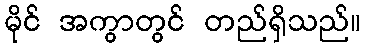
မိုင် အကွာတွင် တည်ရှိသည်။